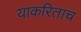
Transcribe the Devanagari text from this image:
याकरिताच